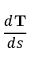
\frac { d \mathbf { T } } { d s }